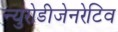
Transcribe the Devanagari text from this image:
न्युरोडीजेनरेटिव